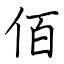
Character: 佰